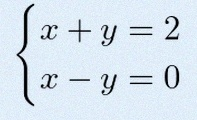
\begin{cases}x+y=2\\x-y=0\end{cases}